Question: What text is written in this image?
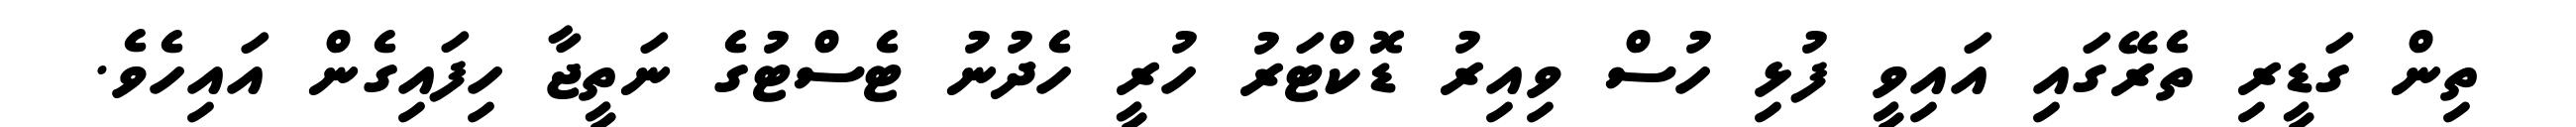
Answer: ތިން ގަޑީރި ތެރޭގައި އައިވީ ފުޅި ހުސް ވިއިރު ޑޮކްޓަރު ހުރީ ހެދުނު ޓެސްޓުގެ ނަތީޖާ ހިފައިގެން އައިހެވެ.